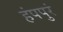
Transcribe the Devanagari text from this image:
हंपपुरं